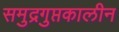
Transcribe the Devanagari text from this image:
समुद्रगुप्तकालीन